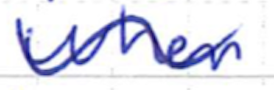
Text: when
Cross-out: wave
Writing tool: ballpoint